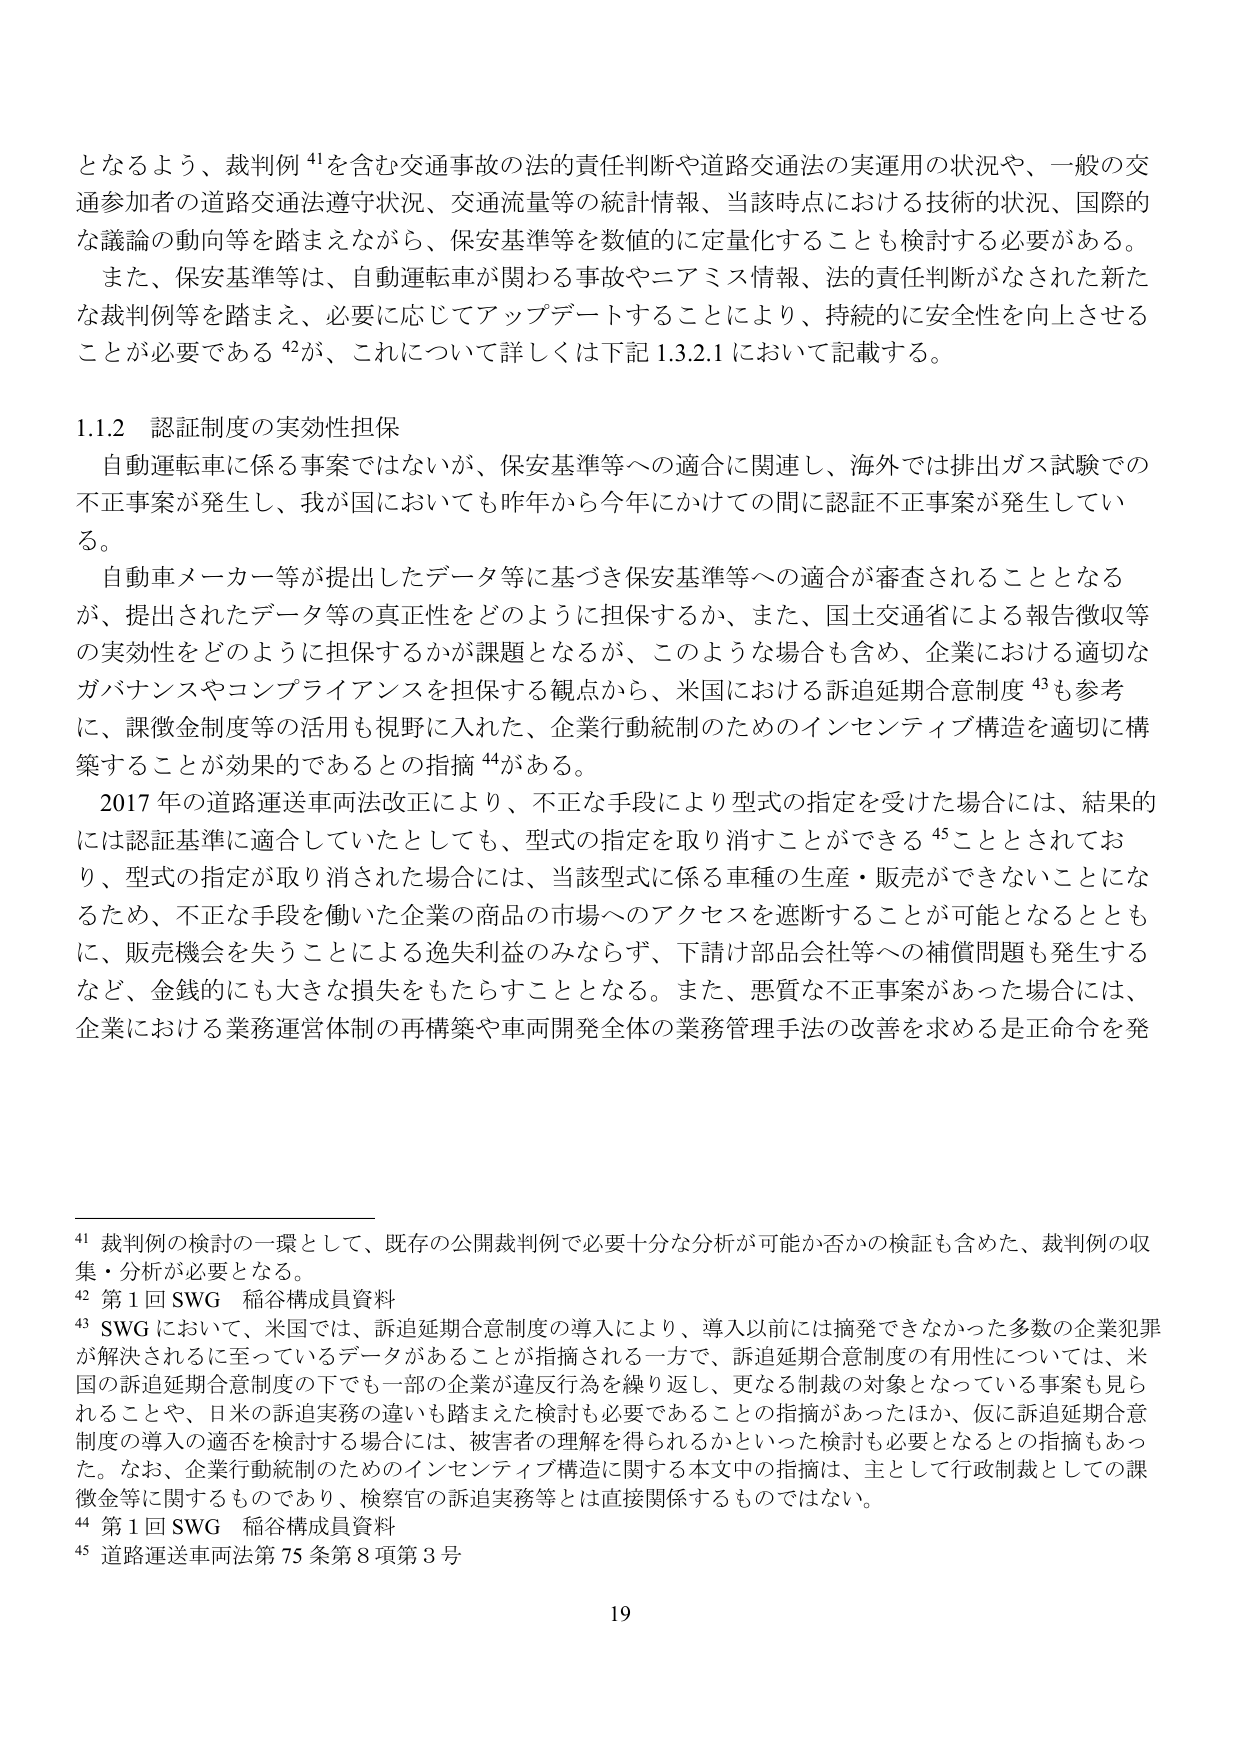
となるよう、裁判例⁴¹を含む交通事故の法的責任判断や道路交通法の実運用の状況や、一般の交通参加者の道路交通法遵守状況、交通流量等の統計情報、当該時点における技術的状況、国際的な議論の動向等を踏まえながら、保安基準等を数値的に定量化することも検討する必要がある。
また、保安基準等は、自動運転車が関わる事故やニアミス情報、法的責任判断がなされた新たな裁判例等を踏まえ、必要に応じてアップデートすることにより、持続的に安全性を向上させることが必要である⁴²が、これについて詳しくは下記1.3.2.1において記載する。

1.1.2 認証制度の実効性担保
自動運転車に係る事案ではないが、保安基準等への適合に関連し、海外では排出ガス試験での不正事案が発生し、我が国においても昨年から今年にかけての間に認証不正事案が発生している。
自動車メーカー等が提出したデータ等に基づき保安基準等への適合が審査されることとなるが、提出されたデータ等の真正性をどのように担保するか、また、国土交通省による報告徴収等の実効性をどのように担保するかが課題となるが、このような場合も含め、企業における適切なガバナンスやコンプライアンスを担保する観点から、米国における訴追延期合意制度⁴³も参考に、課徴金制度等の活用も視野に入れた、企業行動統制のためのインセンティブ構造を適切に構築することが効果的であるとの指摘⁴⁴がある。
2017年の道路運送車両法改正により、不正な手段により型式の指定を受けた場合には、結果的には認証基準に適合していたとしても、型式の指定を取り消すことができる⁴⁵こととされており、型式の指定が取り消された場合には、当該型式に係る車種の生産・販売ができないことになるため、不正な手段を働いた企業の商品の市場へのアクセスを遮断することが可能となるとともに、販売機会を失うことによる逸失利益のみならず、下請け部品会社等への補償問題も発生するなど、金銭的にも大きな損失をもたらすこととなる。また、悪質な不正事案があった場合には、企業における業務運営体制の再構築や車両開発全体の業務管理手法の改善を求める是正命令を発

⁴¹ 裁判例の検討の一環として、既存の公開裁判例で必要十分な分析が可能か否かの検証も含めた、裁判例の収集・分析が必要となる。
⁴² 第1回SWG 稲谷構成員資料
⁴³ SWGにおいて、米国では、訴追延期合意制度の導入により、導入以前には摘発できなかった多数の企業犯罪が解決されるに至っているデータがあることが指摘される一方で、訴追延期合意制度の有用性については、米国の訴追延期合意制度の下でも一部の企業が違反行為を繰り返し、更なる制裁の対象となっている事案も見られることや、日米の訴追実務の違いも踏まえた検討も必要であることの指摘があったほか、仮に訴追延期合意制度の導入の適否を検討する場合には、被害者の理解を得られるかといった検討も必要となるとの指摘もあった。なお、企業行動統制のためのインセンティブ構造に関する本文中の指摘は、主として行政制裁としての課徴金等に関するものであり、検察官の訴追実務等とは直接関係するものではない。
⁴⁴ 第1回SWG 稲谷構成員資料
⁴⁵ 道路運送車両法第75条第8項第3号

19